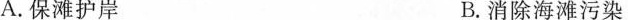
A.保滩护岸 B.消除海滩污染